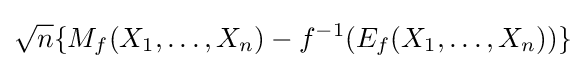
{\sqrt {n}}\{M_{f}(X_{1},\dots ,X_{n})-f^{-1}(E_{f}(X_{1},\dots ,X_{n}))\}